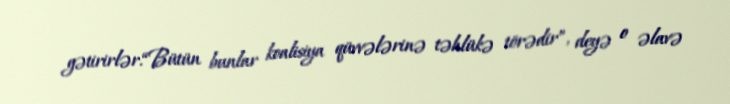
gətirirlər.“Bütün bunlar koalisiya qüvvələrinə təhlükə törədir”, deyə o əlavə